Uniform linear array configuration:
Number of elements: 64
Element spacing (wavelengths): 1
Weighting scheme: hamming
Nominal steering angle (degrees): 60
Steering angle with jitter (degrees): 61.743
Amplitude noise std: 0.05
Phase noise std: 0.05

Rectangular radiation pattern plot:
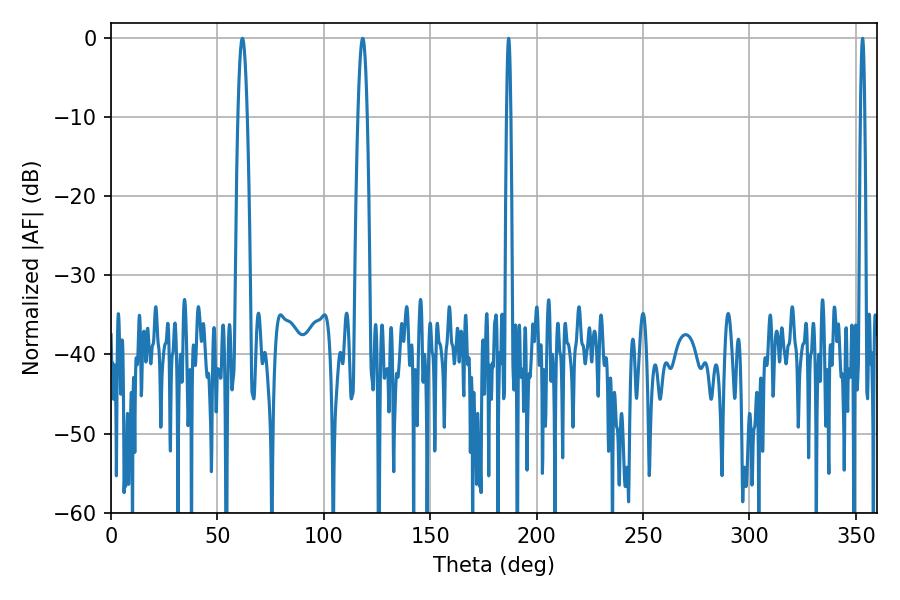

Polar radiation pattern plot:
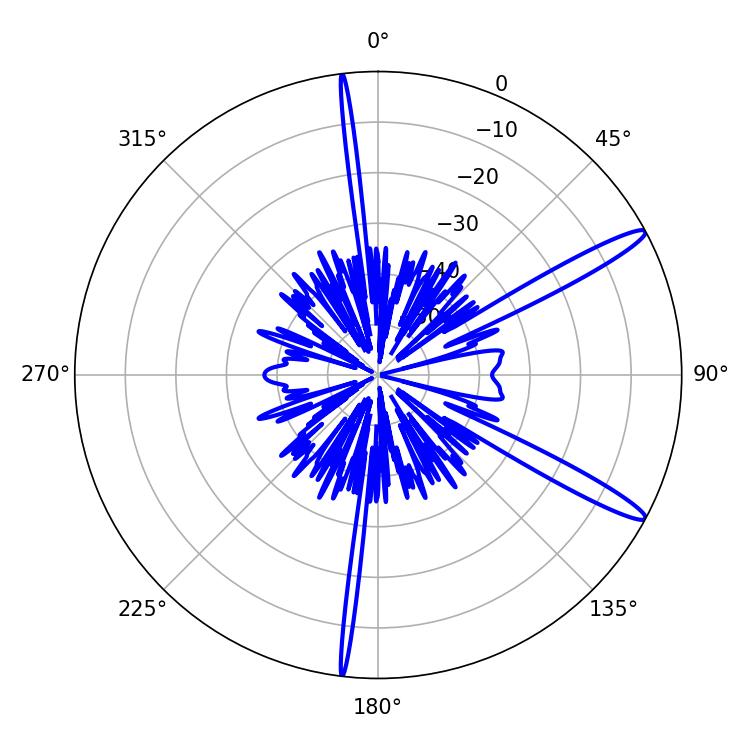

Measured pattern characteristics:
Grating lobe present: TRUE
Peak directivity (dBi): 14.206
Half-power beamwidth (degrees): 2.34
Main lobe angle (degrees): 61.74